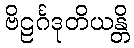
ဗိဠင်္ဂဒုတိယန္တိ